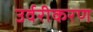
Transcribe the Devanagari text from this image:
उर्वरीकरण